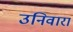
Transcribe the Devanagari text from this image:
उनिवारा